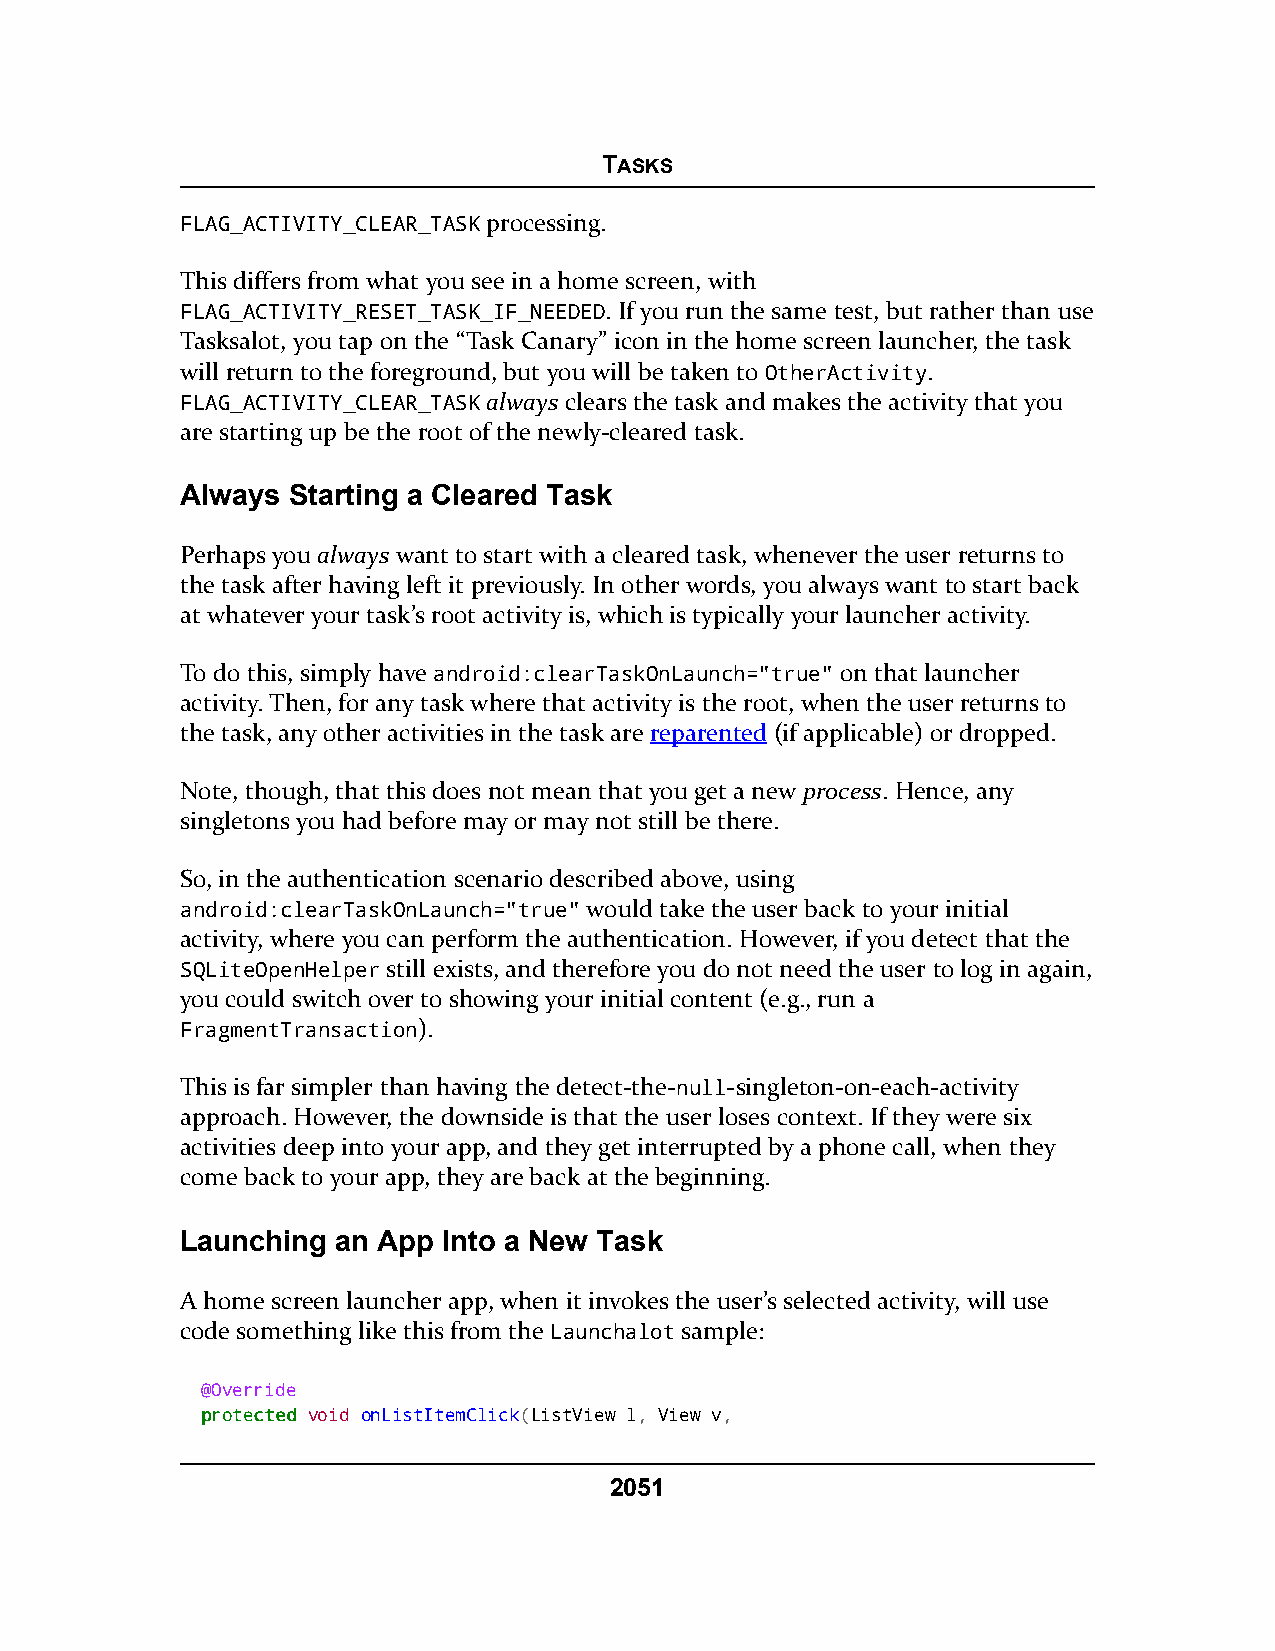
TASKS
 FLAG_ACTIVITY_CLEAR_TASK processing.
 This differs from what you see in a home screen, with
 FLAG_ACTIVITY_RESET_TASK_IF_NEEDED. If you run the same test, but rather than use
 Tasksalot, you tap on the “Task Canary” icon in the home screen launcher, the task
 will return to the foreground, but you will be taken to OtherActivity.
 FLAG_ACTIVITY_CLEAR_TASK always clears the task and makes the activity that you
 are starting up be the root of the newly-cleared task.
 Always Starting a Cleared Task
 Perhaps you always want to start with a cleared task, whenever the user returns to
 the task after having left it previously. In other words, you always want to start back
 at whatever your task’s root activity is, which is typically your launcher activity.
 To do this, simply have android:clearTaskOnLaunch="true" on that launcher
 activity. Then, for any task where that activity is the root, when the user returns to
 the task, any other activities in the task are reparented (if applicable) or dropped.
 Note, though, that this does not mean that you get a new process. Hence, any
 singletons you had before may or may not still be there.
 So, in the authentication scenario described above, using
 android:clearTaskOnLaunch="true" would take the user back to your initial
 activity, where you can perform the authentication. However, if you detect that the
 SQLiteOpenHelper still exists, and therefore you do not need the user to log in again,
 you could switch over to showing your initial content (e.g., run a
 FragmentTransaction).
 This is far simpler than having the detect-the-null-singleton-on-each-activity
 approach. However, the downside is that the user loses context. If they were six
 activities deep into your app, and they get interrupted by a phone call, when they
 come back to your app, they are back at the beginning.
 Launching an App Into a New Task
 A home screen launcher app, when it invokes the user’s selected activity, will use
 code something like this from the Launchalot sample:
 @Override
 pprrootteecctteedd void onListItemClick(ListView l, View v,
 2051